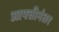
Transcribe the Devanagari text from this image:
आपत्तीनंतर